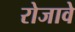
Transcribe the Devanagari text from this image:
रोजावे